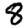
Digit: 8